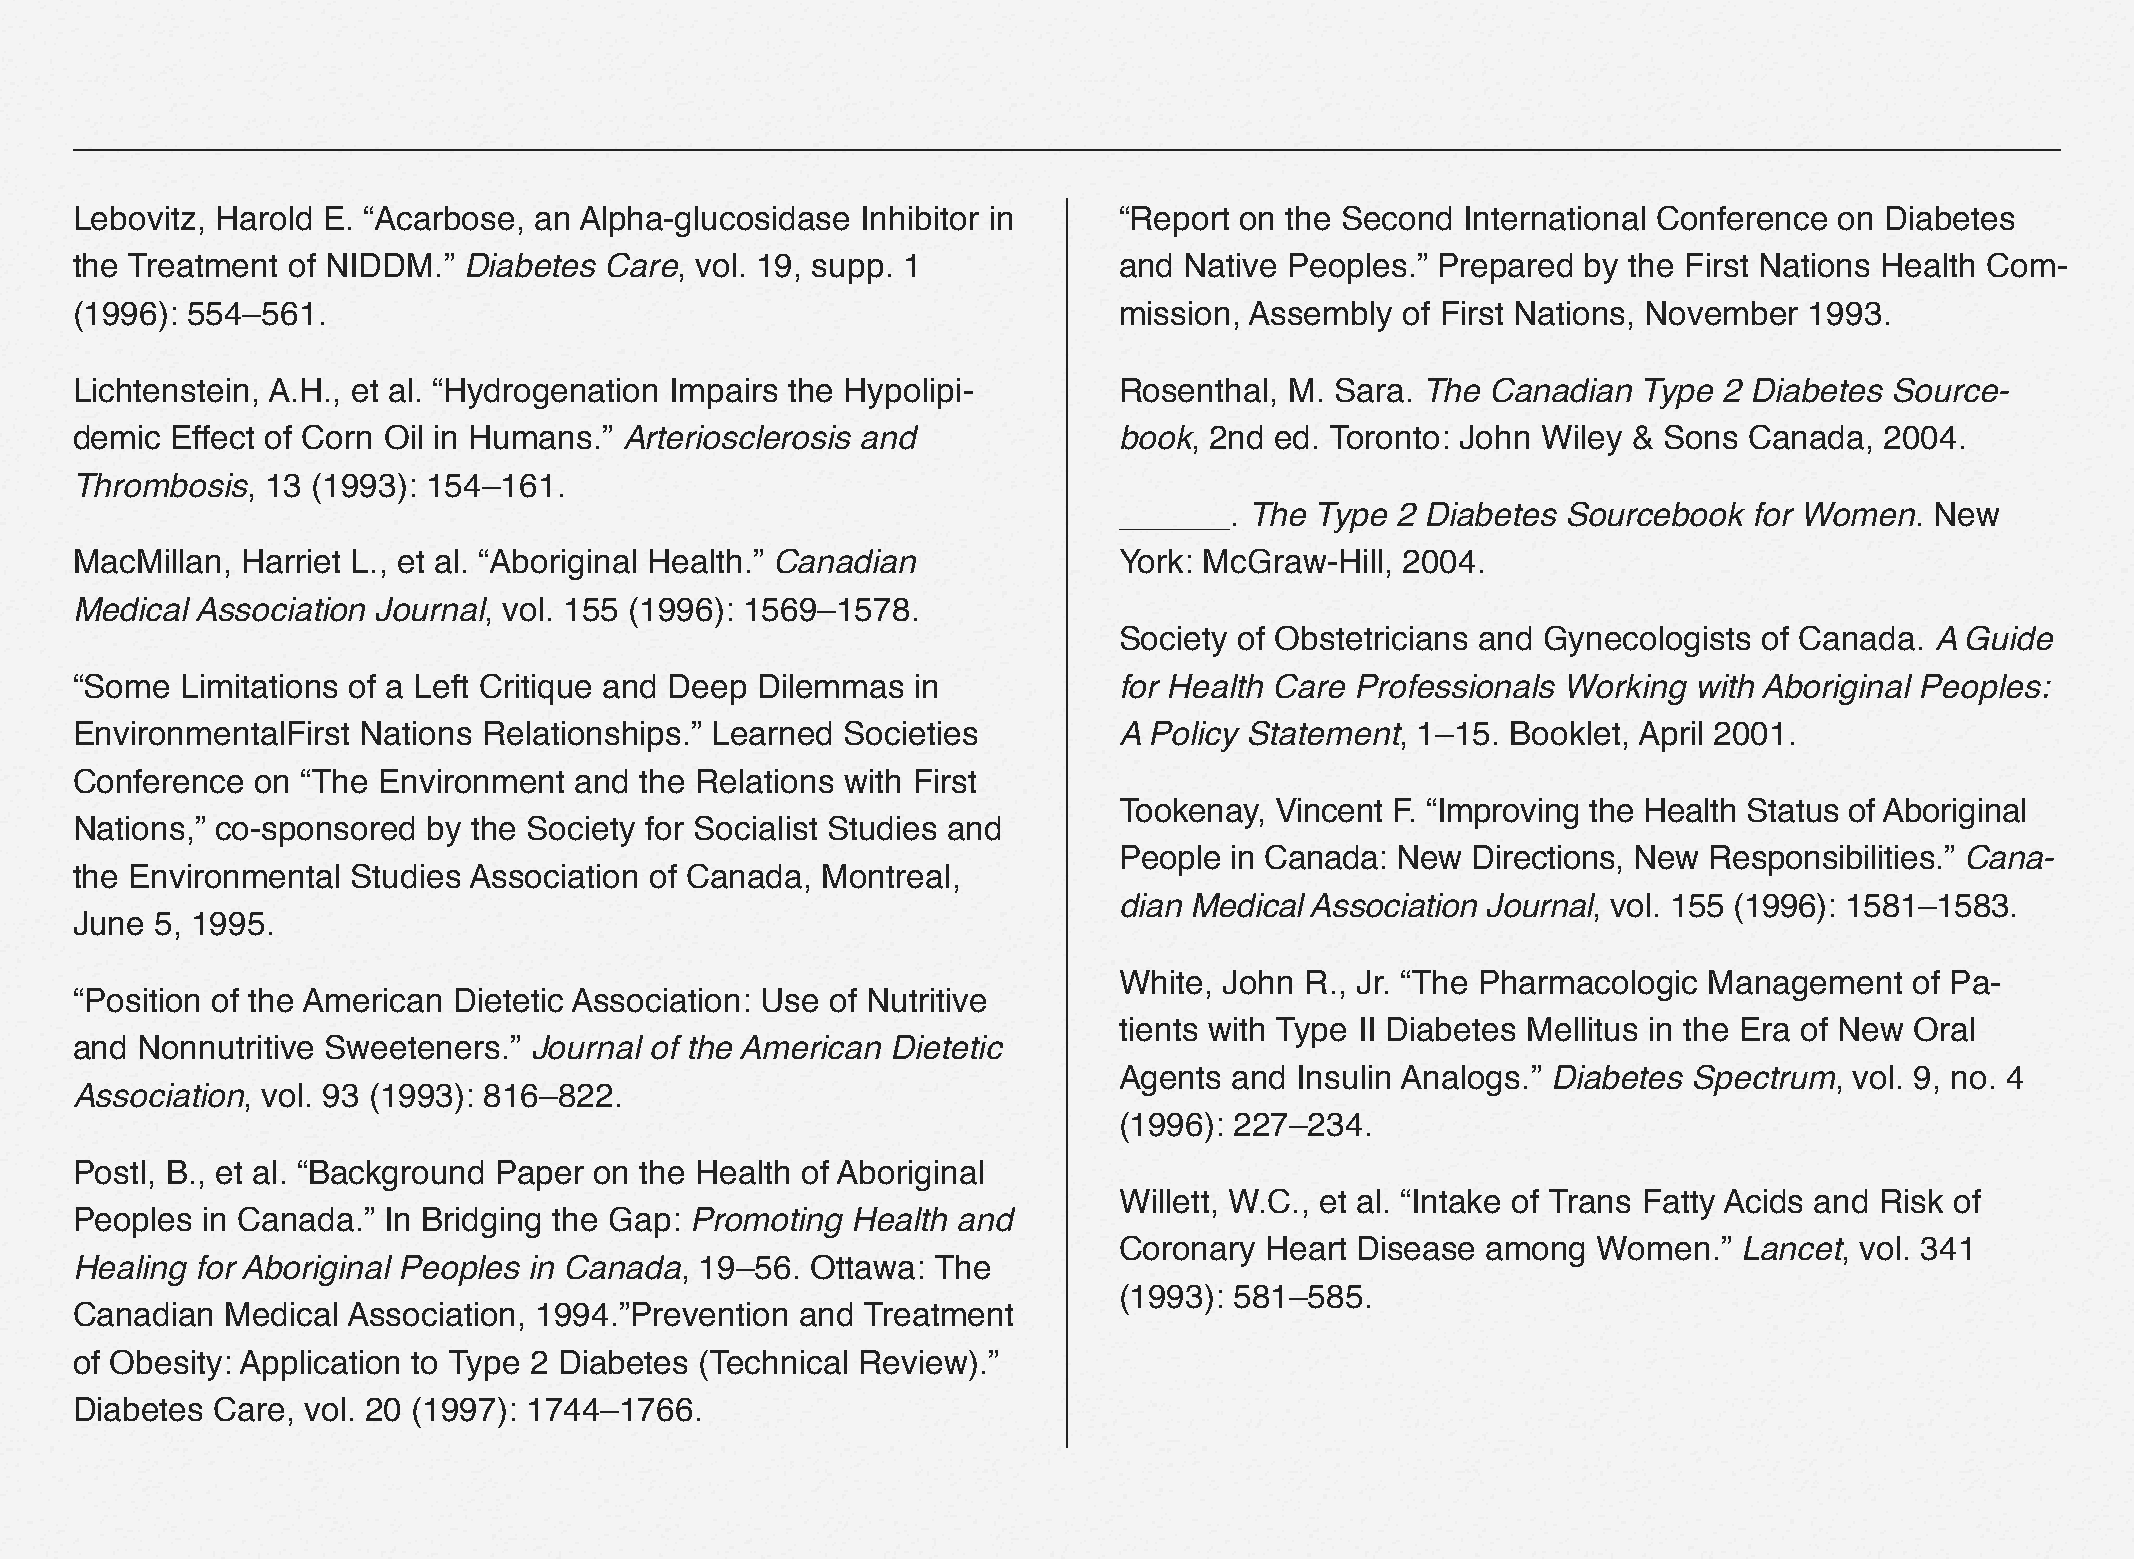
Lebovitz, Harold E. “Acarbose, an Alpha-glucosidase Inhibitor in     “Report on the Second  International Conference on Diabetes
 the Treatment of NIDDM.”  Diabetes Care, vol. 19, supp. 1            and Native Peoples.” Prepared  by the First Nations Health Com-
 (1996): 554–561.                                                     mission, Assembly  of First Nations, November 1993.
 Lichtenstein, A.H., et al. “Hydrogenation Impairs the Hypolipi-      Rosenthal, M. Sara. The  Canadian  Type 2 Diabetes Source-
 demic Effect of Corn Oil in Humans.” Arteriosclerosis and            book, 2nd ed. Toronto: John Wiley & Sons  Canada,  2004.
 Thrombosis,  13 (1993): 154–161.
 ______.  The Type 2 Diabetes  Sourcebook  for Women.  New
 MacMillan, Harriet L., et al. “Aboriginal Health.” Canadian          York: McGraw-Hill, 2004.
 Medical Association Journal, vol. 155 (1996): 1569–1578.
 Society of Obstetricians and Gynecologists of Canada. A Guide
 “Some  Limitations of a Left Critique and Deep Dilemmas in           for Health Care Professionals Working with Aboriginal Peoples:
 EnvironmentalFirst Nations Relationships.” Learned Societies         A Policy Statement, 1–15. Booklet, April 2001.
 Conference  on “The Environment  and the Relations with First
 Tookenay, Vincent F. “Improving the Health Status of Aboriginal
 Nations,” co-sponsored by the Society for Socialist Studies and
 People in Canada: New  Directions, New Responsibilities.” Cana-
 the Environmental Studies Association of Canada, Montreal,
 dian Medical Association Journal, vol. 155 (1996): 1581–1583.
 June 5, 1995.
 White, John R., Jr. “The Pharmacologic Management    of Pa-
 “Position of the American Dietetic Association: Use of Nutritive
 tients with Type II Diabetes Mellitus in the Era of New Oral
 and Nonnutritive Sweeteners.” Journal of the American Dietetic
 Agents  and Insulin Analogs.” Diabetes Spectrum, vol. 9, no. 4
 Association, vol. 93 (1993): 816–822.
 (1996): 227–234.
 Postl, B., et al. “Background Paper on the Health of Aboriginal
 Willett, W.C., et al. “Intake of Trans Fatty Acids and Risk of
 Peoples in Canada.” In Bridging the Gap: Promoting Health and
 Coronary  Heart Disease among   Women.”  Lancet, vol. 341
 Healing for Aboriginal Peoples in Canada, 19–56. Ottawa: The
 (1993): 581–585.
 Canadian  Medical Association, 1994.”Prevention and Treatment
 of Obesity: Application to Type 2 Diabetes (Technical Review).”
 Diabetes Care, vol. 20 (1997): 1744–1766.